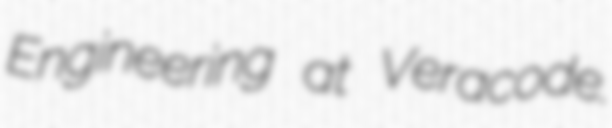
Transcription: Engineering at Veracode.